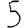
Digit: 5